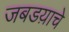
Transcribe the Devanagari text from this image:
जबडय़ाचे